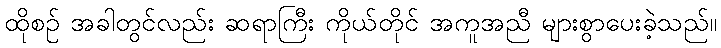
ထိုစဉ် အခါတွင်လည်း ဆရာကြီး ကိုယ်တိုင် အကူအညီ များစွာပေးခဲ့သည်။